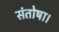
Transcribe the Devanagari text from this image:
संतोषा।